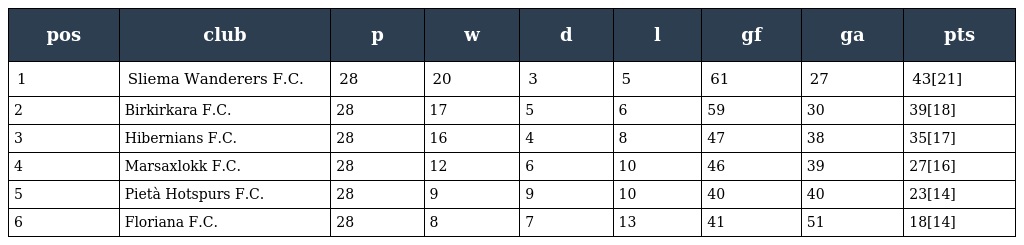
| pos | club | p | w | d | l | gf | ga | pts |
 | --- | --- | --- | --- | --- | --- | --- | --- | --- |
 | 1 | Sliema Wanderers F.C. | 28 | 20 | 3 | 5 | 61 | 27 | 43[21] |
 | 2 | Birkirkara F.C. | 28 | 17 | 5 | 6 | 59 | 30 | 39[18] |
 | 3 | Hibernians F.C. | 28 | 16 | 4 | 8 | 47 | 38 | 35[17] |
 | 4 | Marsaxlokk F.C. | 28 | 12 | 6 | 10 | 46 | 39 | 27[16] |
 | 5 | Pietà Hotspurs F.C. | 28 | 9 | 9 | 10 | 40 | 40 | 23[14] |
 | 6 | Floriana F.C. | 28 | 8 | 7 | 13 | 41 | 51 | 18[14] |